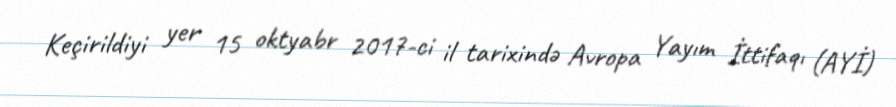
Keçirildiyi yer 15 oktyabr 2017-ci il tarixində Avropa Yayım İttifaqı (AYİ)